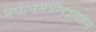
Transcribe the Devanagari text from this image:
प्रधानमंत्रीपदावरून